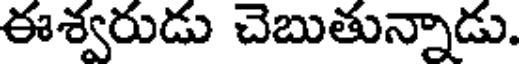
ఈశ్వరుడు చెబుతున్నాడు.